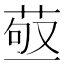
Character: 𦱩